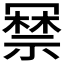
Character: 𭂃